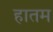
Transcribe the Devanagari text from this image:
हातम